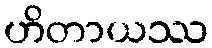
ဟိတာယဿ